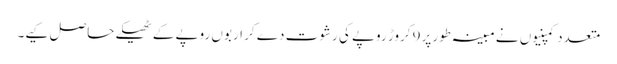
متعدد کمپنیوں نے مبینہ طور پر9 کروڑ روپے کی رشوت دے کر اربوں روپے کے ٹھیکے حاصل کیے۔